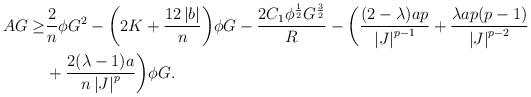
LaTeX: \begin{align*}AG \geq & \frac{2}{n}\phi G^{2} -\bigg(2K+\frac{12\left\vert b\right\vert}{n}\bigg)\phi G-\frac{2C_{1}\phi^{\frac{1}{2}}G^{\frac{3}{2}}}{R}-\bigg( \frac{(2-\lambda)ap}{\left\vert J \right\vert^{p-1}}+\frac{\lambda ap(p-1)}{\left\vert J \right\vert^{p-2}}\\& +\frac{2(\lambda-1)a}{n\left\vert J\right\vert^{p}}\bigg)\phi G.\end{align*}